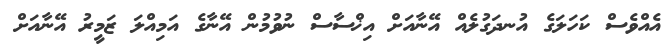
އެއްވެސް ކަހަލަގެ އުނދަގުލެއް އޭނާއަށް އިޚްސާސް ނުވުމުން އޭނާގެ އަމިއްލަ ޒަމީރު އޭނާއަށް